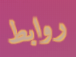
روابط